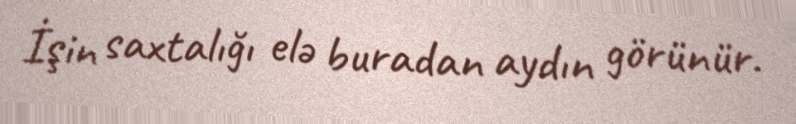
İşin saxtalığı elə buradan aydın görünür.